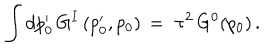
\qquad \int d p _ { 0 } ^ { \prime } \, G ^ { I } \, ( p _ { 0 } ^ { \prime } , p _ { 0 } ) \, = \, \, \tau ^ { 2 } \, G ^ { 0 } ( p _ { 0 } ) \, .